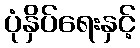
ပုံနှိပ်ရေးနှင့်